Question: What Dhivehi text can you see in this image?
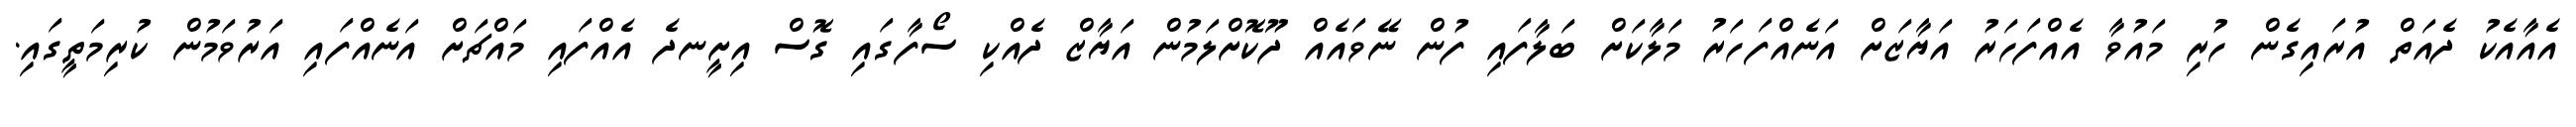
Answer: އެއާއެކު ދެއަތް އުރައިގެން ހުރި މައުވާ އެއްފަހަރު އަޔާޒަށް އަނެއްފަހަރު މަލާކަށް ބަލާފައި ފުން ނޭވައެއް ދޫކޮށްލަމުން އަޔާޒް ދެއްކި ސޯފާގައި ގޮސް އިށީނދެ އެއްފައި މައްޗަށް އަނެއްފައި އަރުވަމުން ކުރިމަތީގައި.